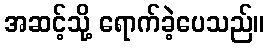
အဆင့်သို့ ရောက်ခဲ့ပေသည်။